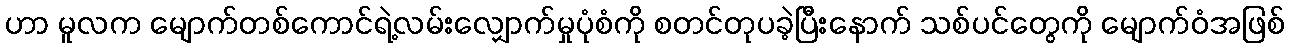
ဟာ မူလက မျောက်တစ်ကောင်ရဲ့လမ်းလျှောက်မှုပုံစံကို စတင်တုပခဲ့ပြီးနောက် သစ်ပင်တွေကို မျောက်ဝံအဖြစ်